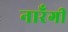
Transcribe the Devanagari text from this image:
नारँगी